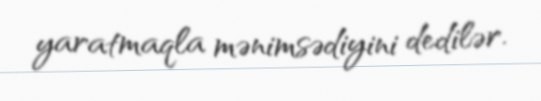
yaratmaqla mənimsədiyini dedilər.